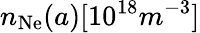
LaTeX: n_{\mathrm{Ne}}(a)[10^{18}m^{-3}]